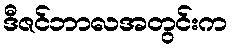
ဒီဇင်ဘာလအတွင်းက